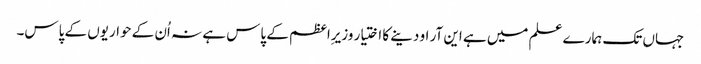
جہاں تک ہمارے علم میں ہے این آر او دینے کا اختیار وزیرِاعظم کے پاس ہے نہ اُن کے حواریوں کے پاس۔